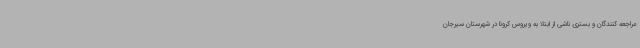
مراجعه کنندگان و بستری ناشی از ابتلا به ویروس کرونا در شهرستان سیرجان